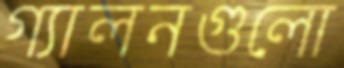
গ্যালনগুলো